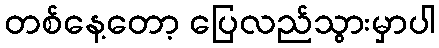
တစ်နေ့တော့ ပြေလည်သွားမှာပါ